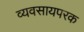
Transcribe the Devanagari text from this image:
व्यवसायपरक